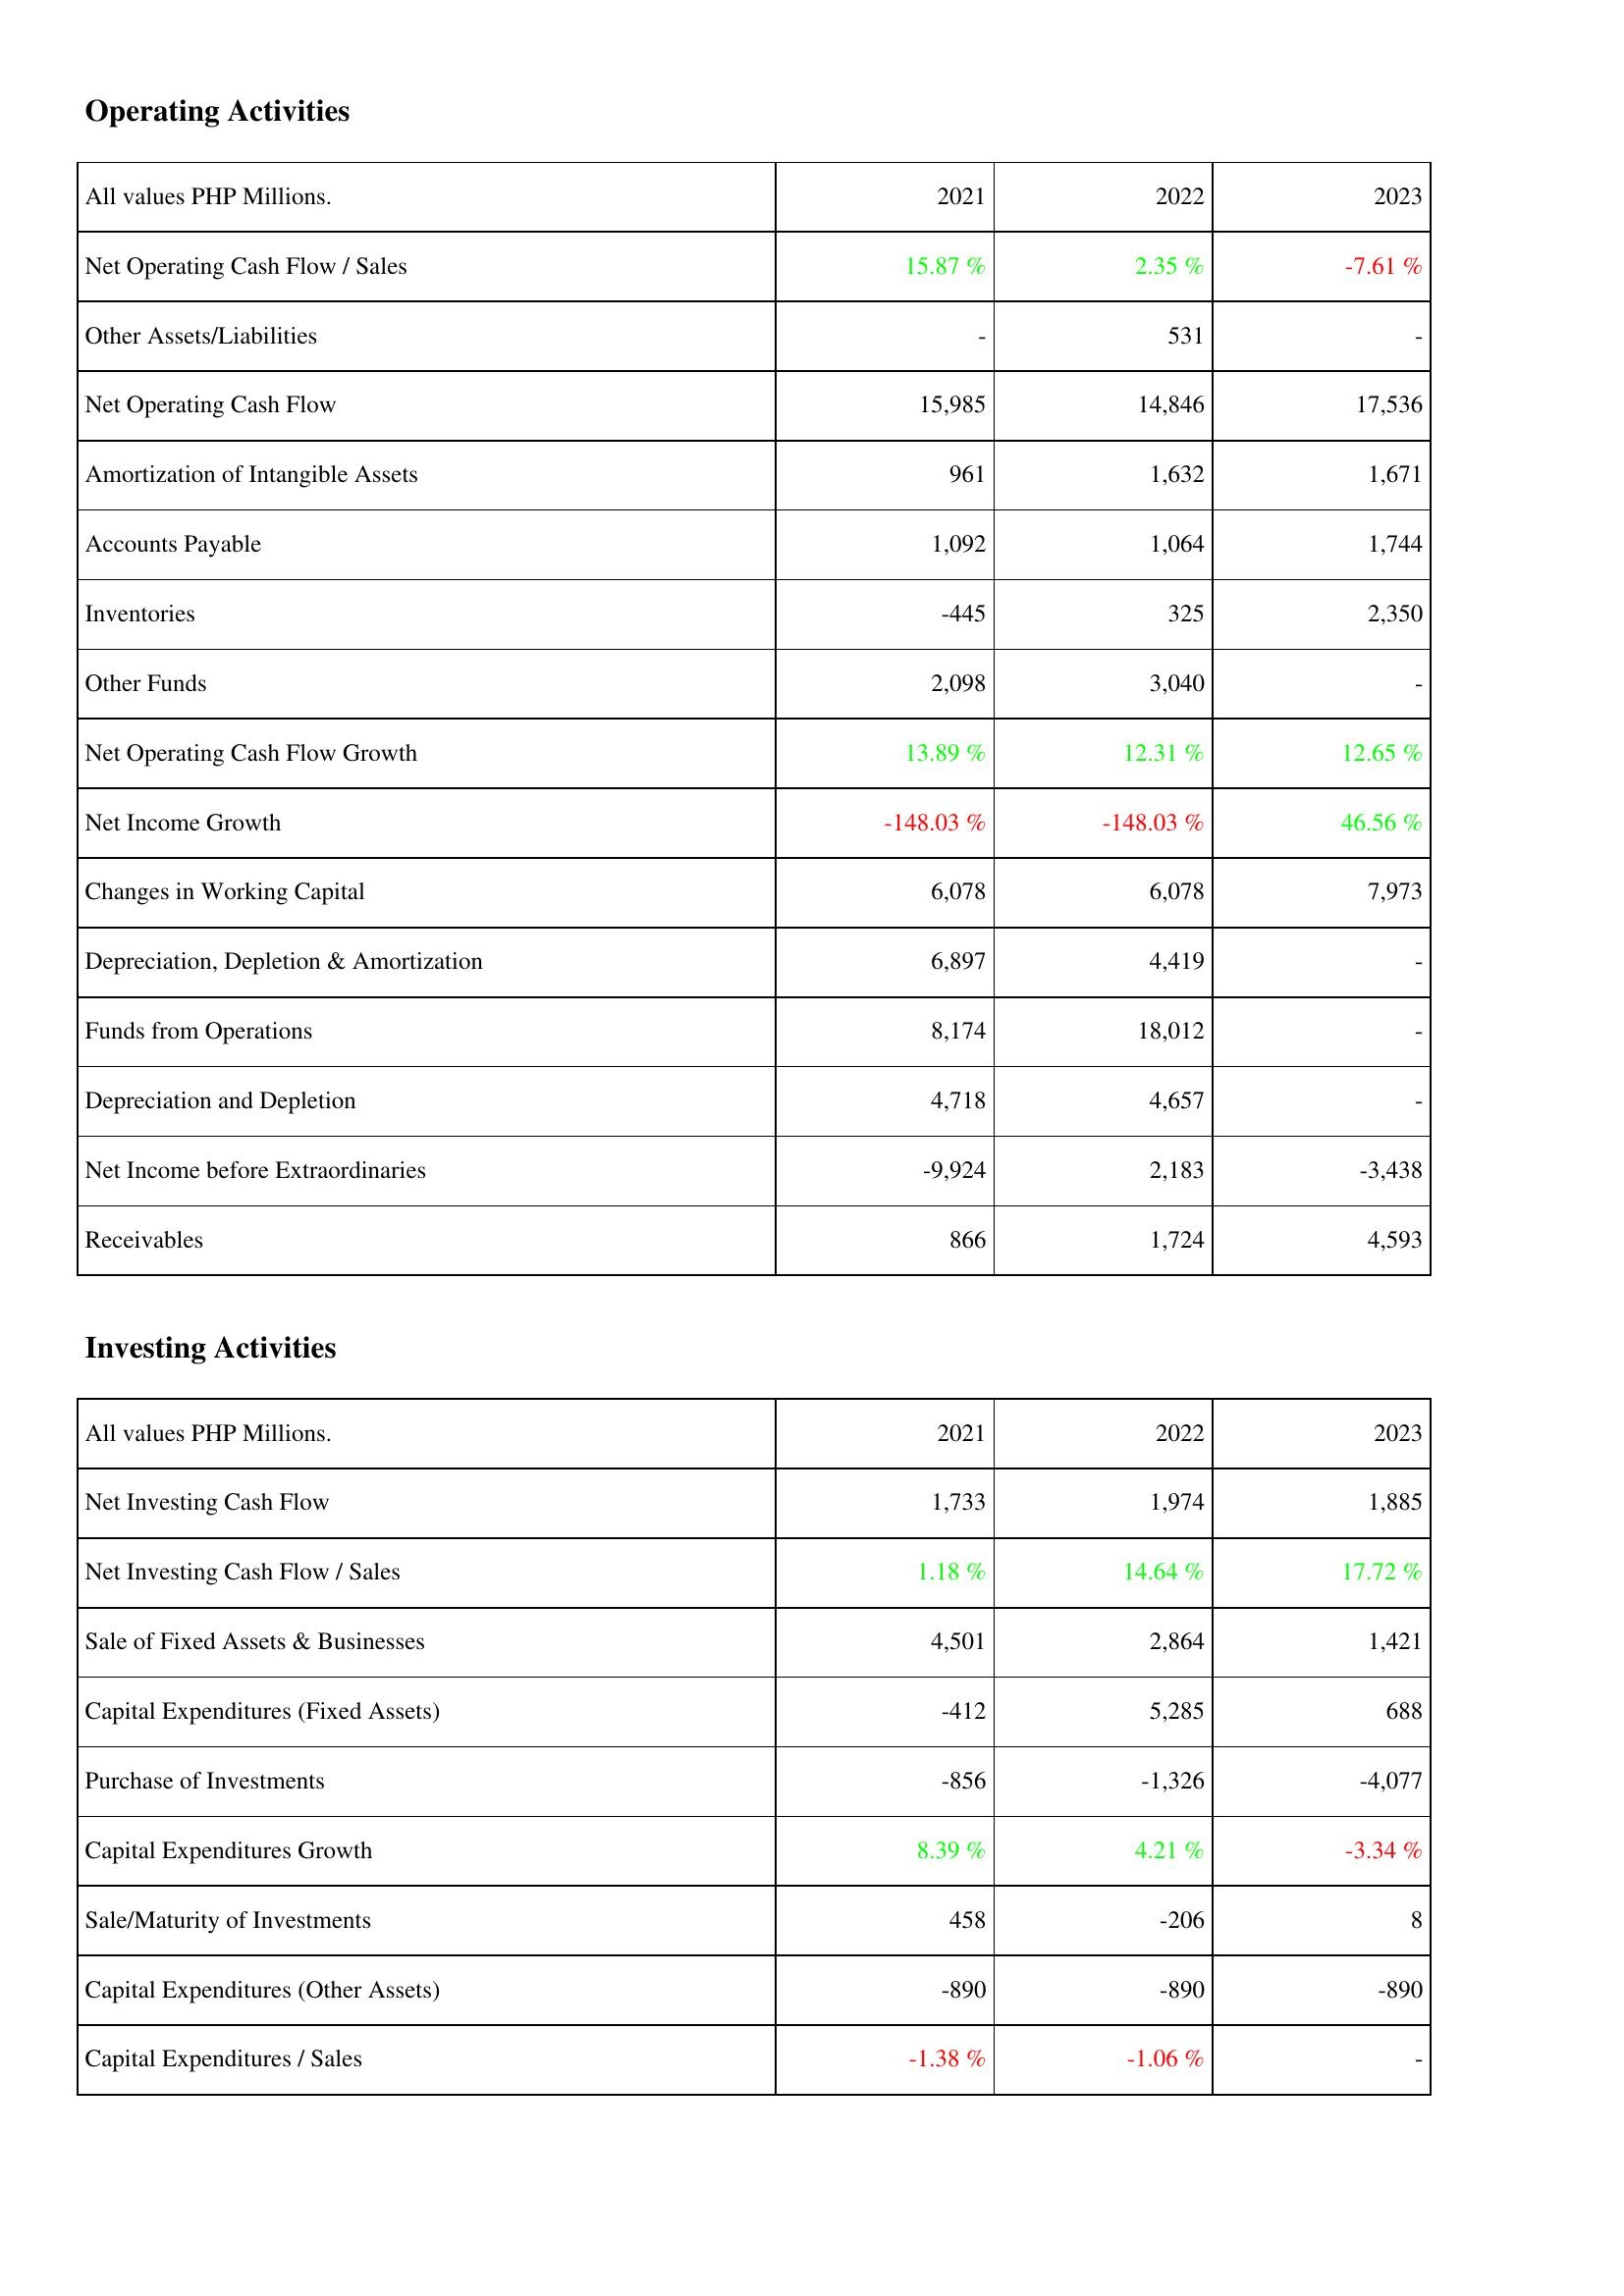
2021: Operating Activities: Net Operating Cash Flow / Sales: 15.87 %
Other Assets/Liabilities: -
Net Operating Cash Flow: 15,985
Amortization of Intangible Assets: 961
Accounts Payable: 1,092
Inventories: -445
Other Funds: 2,098
Net Operating Cash Flow Growth: 13.89 %
Net Income Growth: -148.03 %
Changes in Working Capital: 6,078
Depreciation, Depletion & Amortization: 6,897
Funds from Operations: 8,174
Depreciation and Depletion: 4,718
Net Income before Extraordinaries: -9,924
Receivables: 866
Investing Activities: Net Investing Cash Flow: 1,733
Net Investing Cash Flow / Sales: 1.18 %
Sale of Fixed Assets & Businesses: 4,501
Capital Expenditures (Fixed Assets): -412
Purchase of Investments: -856
Capital Expenditures Growth: 8.39 %
Sale/Maturity of Investments: 458
Capital Expenditures (Other Assets): -890
Capital Expenditures / Sales: -1.38 %
2022: Operating Activities: Net Operating Cash Flow / Sales: 2.35 %
Other Assets/Liabilities: 531
Net Operating Cash Flow: 14,846
Amortization of Intangible Assets: 1,632
Accounts Payable: 1,064
Inventories: 325
Other Funds: 3,040
Net Operating Cash Flow Growth: 12.31 %
Net Income Growth: -148.03 %
Changes in Working Capital: 6,078
Depreciation, Depletion & Amortization: 4,419
Funds from Operations: 18,012
Depreciation and Depletion: 4,657
Net Income before Extraordinaries: 2,183
Receivables: 1,724
Investing Activities: Net Investing Cash Flow: 1,974
Net Investing Cash Flow / Sales: 14.64 %
Sale of Fixed Assets & Businesses: 2,864
Capital Expenditures (Fixed Assets): 5,285
Purchase of Investments: -1,326
Capital Expenditures Growth: 4.21 %
Sale/Maturity of Investments: -206
Capital Expenditures (Other Assets): -890
Capital Expenditures / Sales: -1.06 %
2023: Operating Activities: Net Operating Cash Flow / Sales: -7.61 %
Other Assets/Liabilities: -
Net Operating Cash Flow: 17,536
Amortization of Intangible Assets: 1,671
Accounts Payable: 1,744
Inventories: 2,350
Other Funds: -
Net Operating Cash Flow Growth: 12.65 %
Net Income Growth: 46.56 %
Changes in Working Capital: 7,973
Depreciation, Depletion & Amortization: -
Funds from Operations: -
Depreciation and Depletion: -
Net Income before Extraordinaries: -3,438
Receivables: 4,593
Investing Activities: Net Investing Cash Flow: 1,885
Net Investing Cash Flow / Sales: 17.72 %
Sale of Fixed Assets & Businesses: 1,421
Capital Expenditures (Fixed Assets): 688
Purchase of Investments: -4,077
Capital Expenditures Growth: -3.34 %
Sale/Maturity of Investments: 8
Capital Expenditures (Other Assets): -890
Capital Expenditures / Sales: -